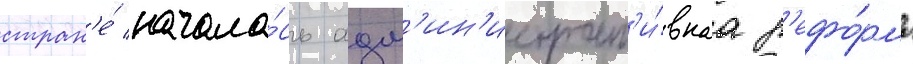
стран'е́ начала́сь адм'ин'истрат'и́внаа р'ефо́рма